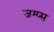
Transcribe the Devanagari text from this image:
जम्प्स